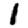
Digit: 1